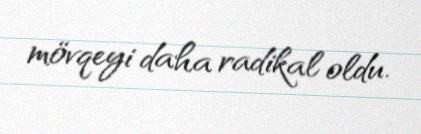
mövqeyi daha radikal oldu.